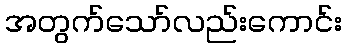
အတွက်သော်လည်းကောင်း